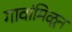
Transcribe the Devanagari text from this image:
गावांमिळून